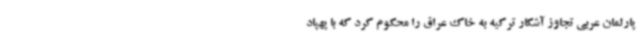
پارلمان عربی تجاوز آشکار ترکیه به خاک عراق را محکوم کرد که با پهپاد